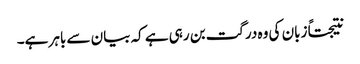
نتیجتاً زبان کی وہ درگت بن رہی ہے کہ بیان سے باہر ہے۔